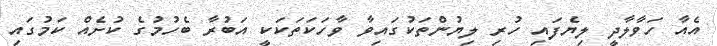
އެއާ ހަވާލާދީ ލިޔެފައި ހުރި ލިޔުންތަކުގައިވާ ވާހަކަތަކަކީ އަބުރާ ބެހުމުގެ ކުށެއް ކަމުގައި